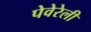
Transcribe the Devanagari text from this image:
पेवेरेली